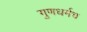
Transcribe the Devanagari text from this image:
गुणधर्मच